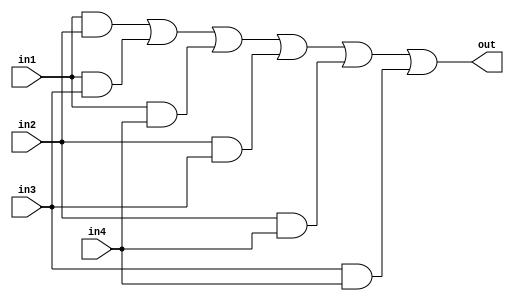
`timescale 1ns/1ns

module majority(
    in1,
    in2,
    in3,
    in4,
    out
    );

  input [14:0] in1;
  input [14:0] in2;
  input [14:0] in3;
  input [14:0] in4;
  
  output [14:0] out;
  
  assign out = ((in1&in2)|(in1&in3)|(in1&in4)|(in2&in3)|(in2&in4)|(in3&in4));
  
endmodule